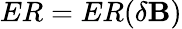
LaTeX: ER=ER(\delta\mathbf{B})